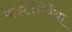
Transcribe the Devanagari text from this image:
वेंकटेशिवैया